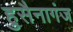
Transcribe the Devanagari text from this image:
हुसैनागंज